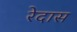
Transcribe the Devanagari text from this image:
रेदास